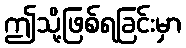
ဤသို့ဖြစ်ရခြင်းမှာ